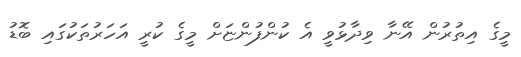
މީގެ އިތުރުން އޭނާ ވިދާޅުވީ އެ ކުންފުންޏަށް މީގެ ކުރީ އަހަރުތަކުގައި ބޮޑު